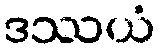
ဒဿယံ